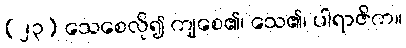
(၂၃) သေစေလို၍ ကျစေ၏၊ သေ၏၊ ပါရာဇိက။